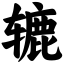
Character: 辘